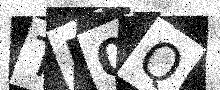
Text: TF0Q